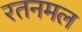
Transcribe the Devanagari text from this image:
रतनमल